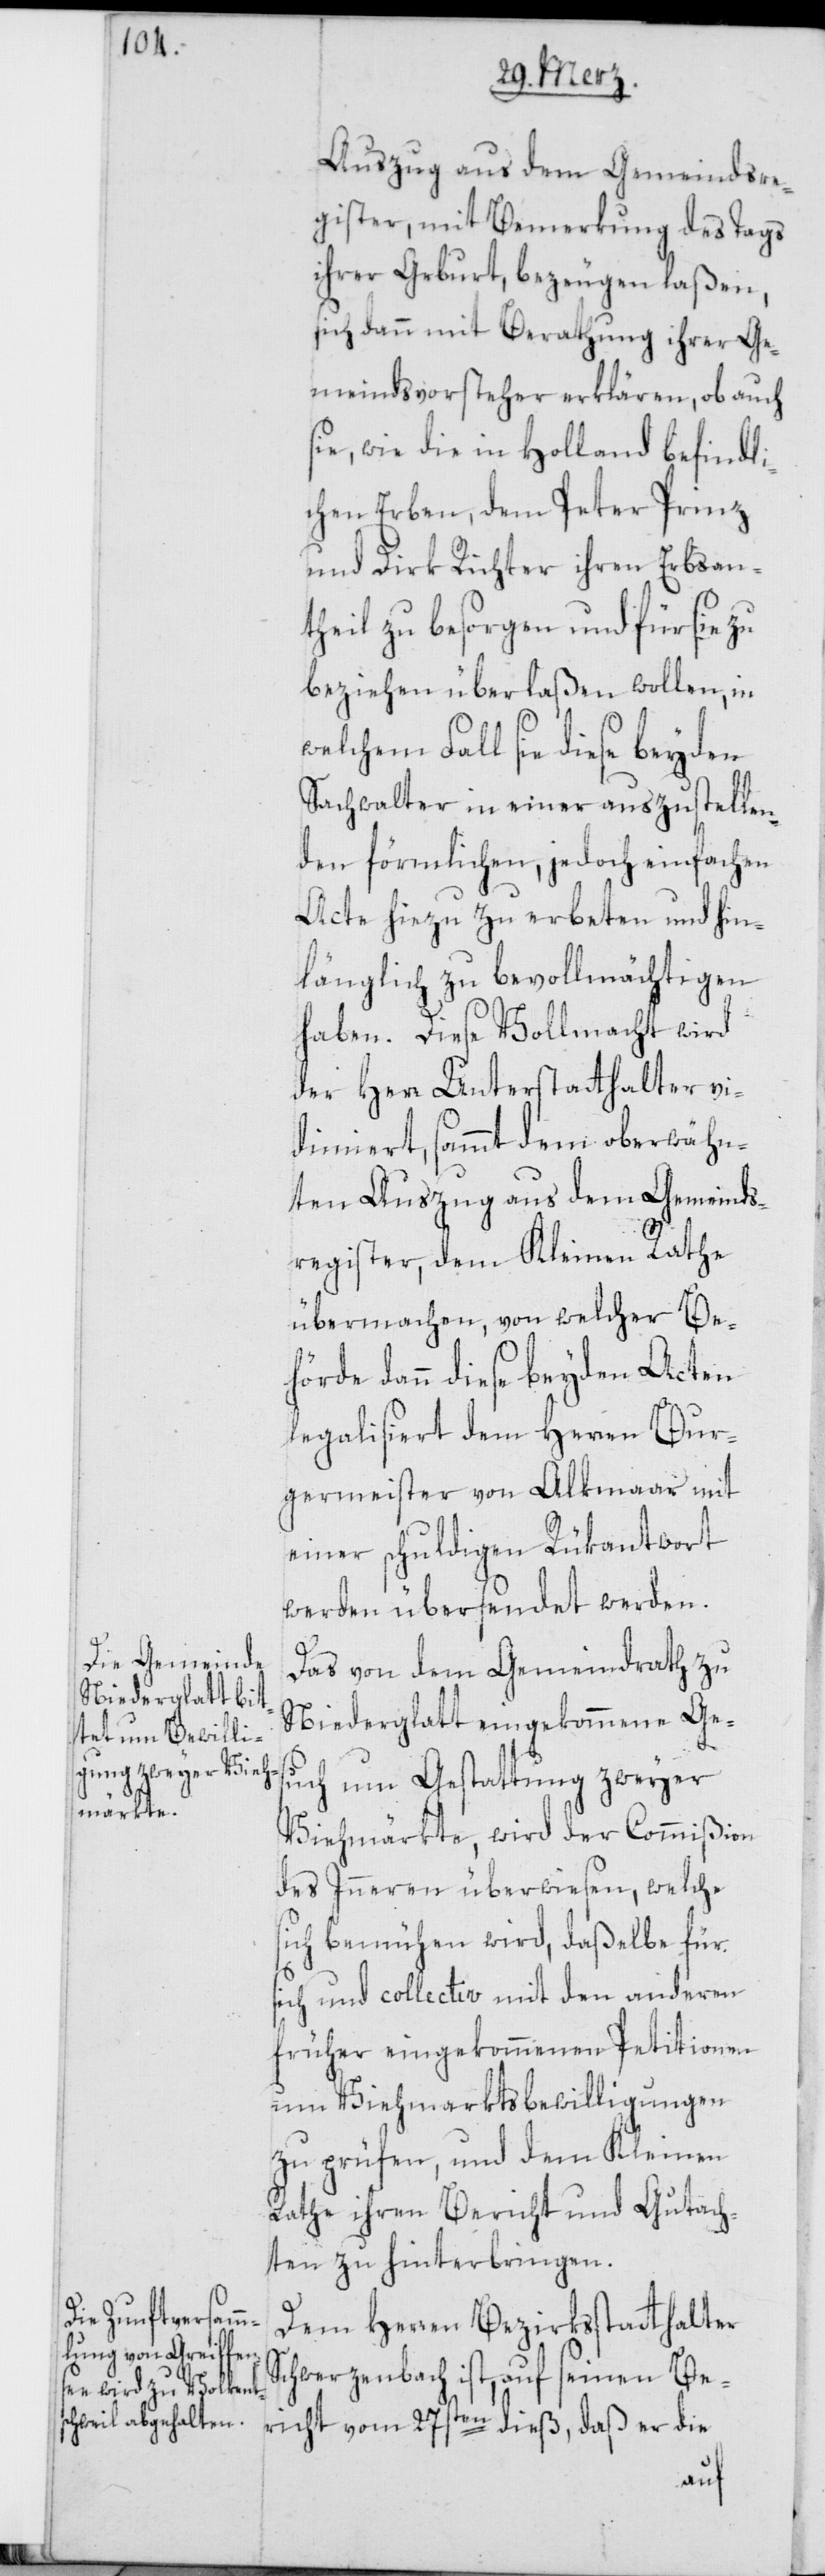
Auszug aus dem Gemeindsre¬
gister, mit Bemerkung des Tags
ihrer Geburt, bezeugen laßen,
sich dann mit Berathung ihrer Ge¬
meindsvorsteher erklären, ob auch
sie, wie die in Holland befindli¬
chen Erben, dem Peter Prinz
und Dirk Richter ihren Erbsan¬
theil zu besorgen und für sie zu
beziehen überlaßen wollen, in
welchem Fall sie diese beyden
Sachwalter in einer auszustellen¬
den förmlichen, jedoch einfachen
Acte hiezu zu erbeten und hin¬
länglich zu bevollmächtigen
haben. Diese Vollmacht wird
der Herr Unterstatthalter vi¬
dimiert, sammt dem oberwähn¬
ten Auszug aus dem Gemeinds¬
register, dem Kleinen Rathe
übermachen, von welcher Be¬
hörde dann diese beyden Acten
legalisiert dem Herren Bur¬
germeister von Alkmaar mit
einer schuldigen Rükantwort
werden übersendet werden.
S¬
Das von dem Gemeindrath zu
Niederglatt eingekommene Ges¬
uch um Gestattung zweyer
Viehmärkte, wird der Commißion
des Inneren überwiesen, welche
sich bemühen wird, daßelbe für
sich und collectiv mit den anderen
früher eingekommenen Petitionen
um Viehmarktsbewilligungen
zu prüfen, und dem Kleinen
Rathe ihren Bericht und Gutach¬
ten zu hinterbringen.
Dem Herren Bezirksstatthalter
chwerzenbach ist, auf seinen Be¬
richt vom 27sten dieß, daß er die